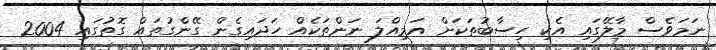
ނަމަވެސް މާލޭގައި އެކި ހިސާބުތަކަށް އަމިއްލަ ނަންތަކެއް ހަދައިގެން ގޭންގުތައް ގޮތުގައި 2004